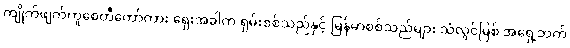
ကျိုက်ဖျက်ကူစေတီတော်ကား ရှေးအခါက ရှမ်းစစ်သည်နှင့် မြန်မာစစ်သည်များ သံလွင်မြစ် အရှေ့ဘက်